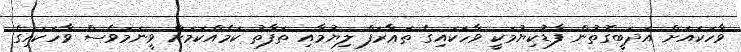
ވާހަކައަށް އަދަބީގޮތުން ފާޑުކިޔުމަކީ ވާހަކައިގެ ތަޢާރަފް ލިޔުމާއި ތަފާތު ކަމެއްކަމަށް ވީނަމަވެސް ވާހަކައިގެ